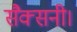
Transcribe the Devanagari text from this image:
सैक्सनी।